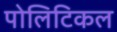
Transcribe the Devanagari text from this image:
पोलिटिकल